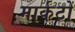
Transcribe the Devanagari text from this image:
मार्कटों